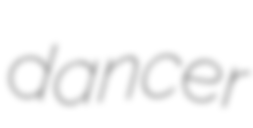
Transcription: dancer